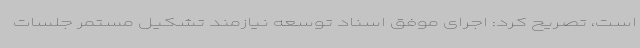
است،‌ تصریح کرد: اجرای موفق اسناد توسعه نیازمند تشکیل مستمر جلسات